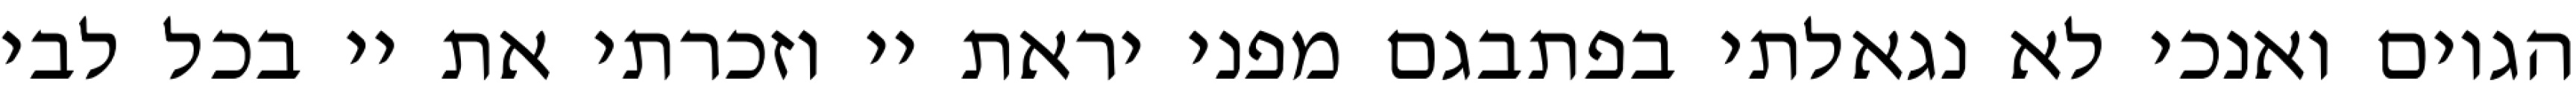
הגוים ואנכי לא נגאלתי בפתבגם מפני יראת יי וזכרתי את יי בכל לבי